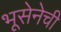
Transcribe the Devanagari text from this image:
भूसेनेची